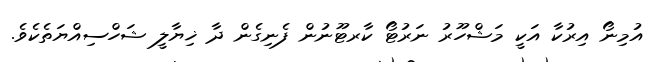
އުމިނޯ އިރުކާ އަކީ މަޝްހޫރު ނަރުޓޯ ކާރޓޫނުން ފެނިގެން ދާ ޚިޔާލީ ޝަހްސިއްޔަތެކެވެ.